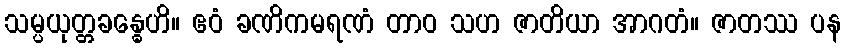
သမ္ပယုတ္တခန္ဓေဟိ။ ဧဝံ ခဏိကမရဏံ တာဝ သဟ ဇာတိယာ အာဂတံ။ ဇာတဿ ပန